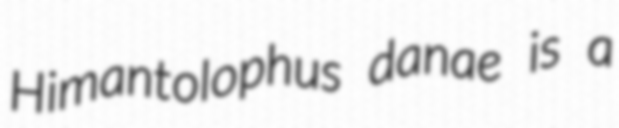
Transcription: Himantolophus danae is a